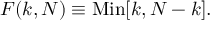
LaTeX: F ( k , N ) \equiv \mathrm { M i n } [ k , N - k ] .